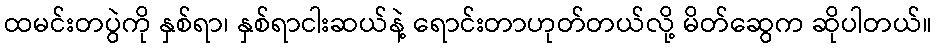
ထမင်းတပွဲကို နှစ်ရာ၊ နှစ်ရာငါးဆယ်နဲ့ ရောင်းတာဟုတ်တယ်လို့ မိတ်ဆွေက ဆိုပါတယ်။